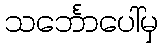
သင်္ဘောပေါ်မှ